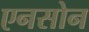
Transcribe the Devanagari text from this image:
एनसोन